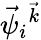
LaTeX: \vec{\psi}_{i}{^{\vec{k}}}